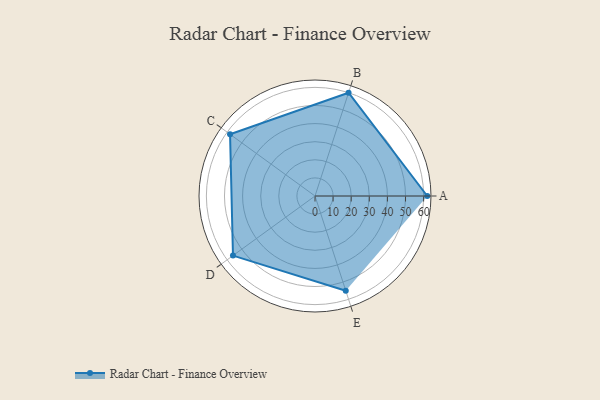
{"axis": {"x": "Skill", "y": "Score"}, "legend": ["Profile"], "data": [{"x": "A", "y": 62.0, "type": "Profile"}, {"x": "B", "y": 60.0, "type": "Profile"}, {"x": "C", "y": 58.0, "type": "Profile"}, {"x": "D", "y": 56.0, "type": "Profile"}, {"x": "E", "y": 55.0, "type": "Profile"}]}